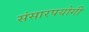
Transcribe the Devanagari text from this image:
संसारपयोगी